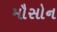
મૌસોન